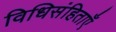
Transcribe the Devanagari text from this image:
विधिसंहिताएँ